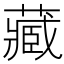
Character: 藏